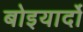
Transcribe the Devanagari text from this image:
बोइयार्दो